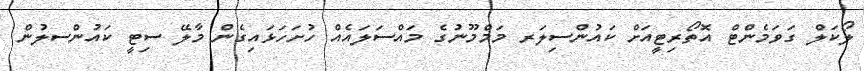
ލޯކަލް ގަވަމެންޓް އޮތޯރިޓީއަށް ކައުންސިލަރ މަމްމޫނުގެ މައްސަލައެއް ހުށަހަޅައިގެން މާލޭ ސިޓީ ކައުންސލުން